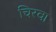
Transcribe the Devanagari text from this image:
चिरवा